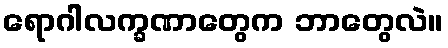
ရောဂါလက္ခဏာတွေက ဘာတွေလဲ။